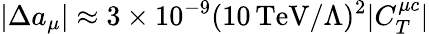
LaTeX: |\Delta a_{\mu}|\approx 3\times 10^{-9}(10\, \mathrm{TeV}/\Lambda)^{2}|C_{T}^{\mu c}|